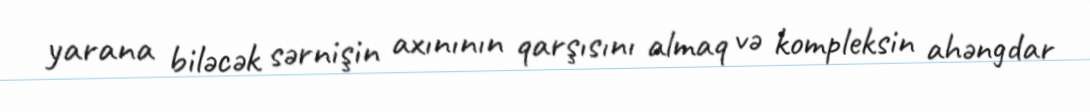
yarana biləcək sərnişin axınının qarşısını almaq və kompleksin ahəngdar